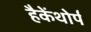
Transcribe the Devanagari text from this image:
हैकेंथोर्प